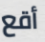
أقع